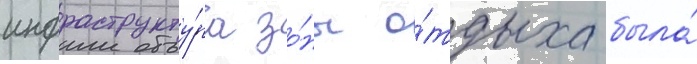
инфраструкту́ра зо́ны о́тдыха была́